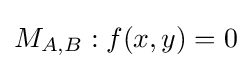
M_{A,B}:f(x,y)=0